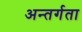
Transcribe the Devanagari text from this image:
अन्तर्गता